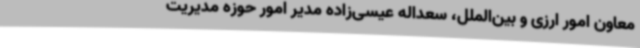
معاون امور ارزی و بین‌الملل، سعداله عیسی‌زاده مدیر امور حوزه مدیریت